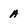
Character: A